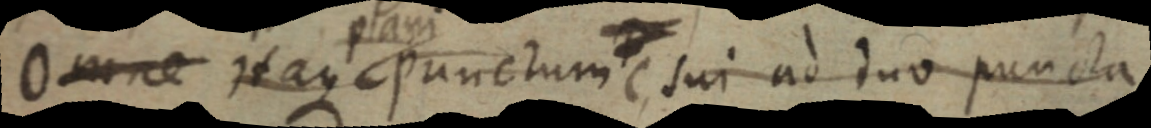
Omne itaque plani punctum C sui ad duo puncta